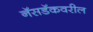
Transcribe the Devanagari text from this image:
नॅसडॅकवरील